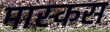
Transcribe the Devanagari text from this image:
मास्कस